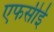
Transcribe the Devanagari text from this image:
एफसीई